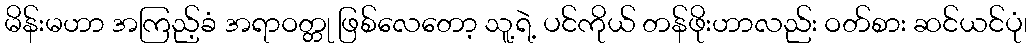
မိန်းမဟာ အကြည့်ခံ အရာဝတ္တု ဖြစ်လေတော့ သူ့ရဲ့ ပင်ကိုယ် တန်ဖိုးဟာလည်း ဝတ်စား ဆင်ယင်ပုံ၊